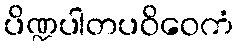
ပိဏ္ဍပါတပဝိဝေကံ